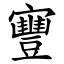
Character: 寷